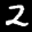
Label: 2